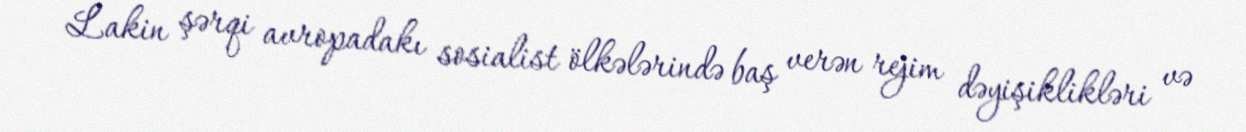
Lakin şərqi avropadakı sosialist ölkələrində baş verən rejim dəyişiklikləri və